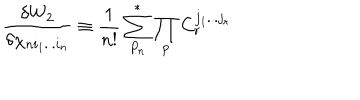
{ \frac { \delta W _ { 2 } } { \delta \chi _ { n i _ { 1 } . . . i _ { n } } } } \equiv { \frac { 1 } { n ! } } \sum _ { P _ { n } } ^ { * } \prod _ { p } C _ { r } ^ { j _ { 1 } . . . j _ { r } }